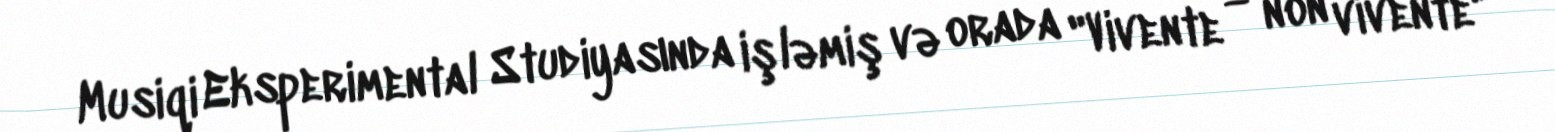
Musiqi Eksperimental Studiyasında işləmiş və orada "Vivente — non vivente"